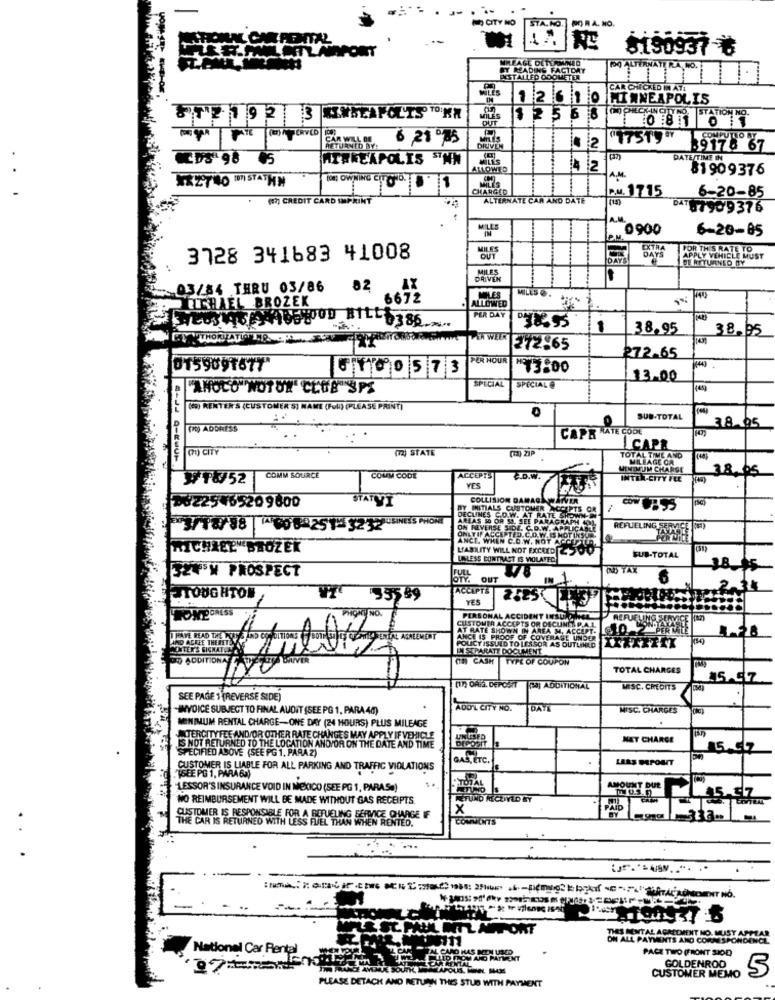
CITY
A.NO.
PO RA. NO.
5190937-₺
UREAĞE DETERMINED
BY READING FACTORY
DO ALTERNATE RA NO.
INSTALLED ODOMETER
witts
CHECKED IN A
12 610
MINNEAPOLIS
OUT
125 6 8
(NO CHECK-IN OTY NO, STATION NO.
RVED
CAR WILL BE
6 21 75
"175Ty"
RETURNED BY:
DRIVE
89179 67
CDS4 98
ATANEAPOLIS SINN
DATE/TIME IN
ALLOWED
4 2
81 909376
XXZ740 [ISTATHN
[ON] OWNING CITOHO.
A.M.
CHARGED
PM. 1715
6-20-85
(7) CREDIT CARD IMPRINT
ALTERNATE CAR AND DATE
BAT
87909376
A.M.
6-20-85
FOR THIS RATE TO
3728 341683 41008
DAYS
APPLY VEHICLE MUST
DE RETURNED BY
03/84 THRU 03/86
82
CICHAEL BROZEK
6672
OLES
MILLS @.
ALLOWED
PER DAY
-
38353
38.95
38.95
PER WEEK
272-65
FÜR HOUR
272.65
0159097677*
0180573
*73.00
13.00
"ANOCO"NOTUN CLUB SPS
SPECIAL
SPECIAL@
(69) RENTER'S (CUSTOMER S) NAME (Full) (PLEASE PRINT)
SUB-TOTAL
(PD) ADDRESS
CAPR RATE CODE
38.95
(7) CITY
(72) STATE
(1) ZIP
CAPR
TOTAL TIME AND
38. 05
WTW52
COMM SOURCE
COMM CODE
ACCEPTS
E.D.W.
INTEN-CITY FLE
YES
STATIVI
COLLISION DAMAGE
Do225465209600
DECLINES C.O.W. AT RATE SHION
INITIALS CUSTOMER ACCEPTS OR
TUSINESS PHONE
ARLAS SO OR SO. SEE PARAGRAPH
23/18/38| (4)8)882515 3232
ON REVERSE SIDE. C.D.W.
D.W. APPLICAN
REFUELING SERVICE
ONLYIF ACCEPTED.C.D.W.IS NOT INSUR
ANCI. WHEN C.D.W. NOT ACCEPTLA,
MICHAEL BROZEK
LIABILITY WILL NOT EXCEED SO
UNLESS CONTRACT IS VIOLATED
SUB-TOTAL
324 W PROSPECT
IND TAX
3.8.15
OTY. OUT
IN
ACCAPTS
34
STOUGHTON
535.89
YES
2525
HOYPORLSS
PHONE NO.
CUSTOMER ACCEPTS OR DECLINES
PERSONAL ACCIDENT INSUL
REFUELING SE
AT RATE SHOWN IN AREA M. ACCEPT.
HAVE READ THE PUTY SIND CO. OLTIONS 5 BOTH SIDES CUARENTA
AMD ACREE THERETE
ENTAL AGREEMENT
ANCE IS PROOF OF COVERAGE UNDER
1.28
MONTER'S SIGNATEN
POLICY ISSUED TO LESSOR AS OUTLINED
LLESEPARATY DOCUMENT
DIVER
(in) CASH TYPE OF COUPON
TOTAL CHARGES
15.57
(17) OFIS. DEPOSIT [a] ADDITIONAL
MISC. CREOITS
SEE PAGE 1 (REVERSE SIDE)
-INVOICE SUBJECT TO FINAL AUDIT (SEE PG 1, PARA 40)
ADO'L CITY NO.
IDAYA
MISC. CHARGES
MINIMUM RENTAL CHARGE-ONE DAY (24 HOURS) PLUS MILEAGE
ATERCITYFEE AND/OR OTHER RATE CHANGES MAY APPLY IF VEHICLE
NET CHARGE
IS NOT RETURNED TO THE LOCATION AND/OR ON THE DATE AND TIME
15.57
SPECIFIED ABOVE (SEE PG 1. PARAZ)
GAS, ETC.
LARS MPOMIT
CUSTOMER IS LIABLE FOR ALL PARKING AND TRAFFIC VIOLATIONS
TSEE PG 1, PARA62)
TOTAL
LESSOR'S INSURANCE VOID IN MEXICO (SEE PG 1, PARASa)
NO REIMBURSEMENT WILL BE MADE WITHOUT GAS RECEIPTS
X
CUSTOMER IS RESPONSIBLE FOR A REFUELING SERVICE OUAGE IF
COMMENTS
333-
...
LOTL APP ORT
THES RENTAL AGREEMENT NO. MUST APPEAR
ON ALL PAYMENTS AND CORRESPONDINGL
National Car Rental
HAS MEN LECD
PACE TWO (FRONT SIOD)
GOLDENROD
5
CUSTOMER MEMO
PLEASE DETACH AND RETURN THIS STUB WITH PAYMENT